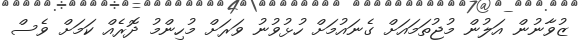
ޒުވާނުން އަލުން މުޖުތަމައަށް ގެނައުމަށް ހުޅުވުނު ވަރަށް މުހިންމު ދޮރެއް ކަމަށް ވެސް